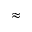
\approx